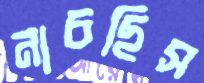
নাচছিস